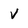
Character: v